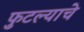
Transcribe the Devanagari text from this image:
फुटल्याचे